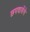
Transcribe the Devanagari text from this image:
छपवायेंगे